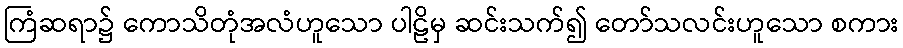
ကြံဆရာ၌ ကောသိတုံအလံဟူသော ပါဠိမှ ဆင်းသက်၍ တော်သလင်းဟူသော စကား